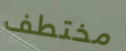
مختطف